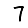
Digit: 7